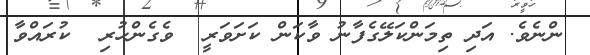
ންނެވެ. އަދި ތިމަންކަލޭގެފާނު ވާކަން ކަށަވަރީ  ވެގެންހުރި  ކުރައްވާ